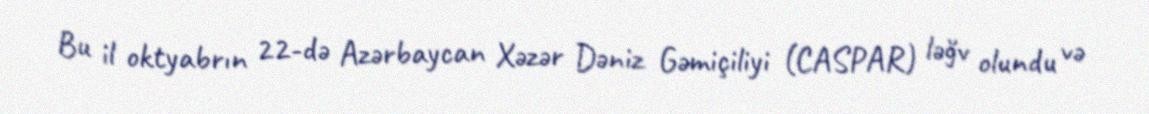
Bu il oktyabrın 22-də Azərbaycan Xəzər Dəniz Gəmiçiliyi (CASPAR) ləğv olundu və